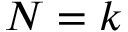
N = k